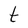
Character: t